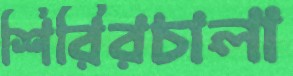
শিরিরচালা